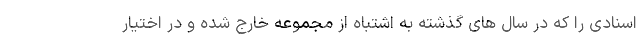
اسنادی را که در سال های گذشته به اشتباه از مجموعه خارج شده و در اختیار